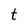
Character: t